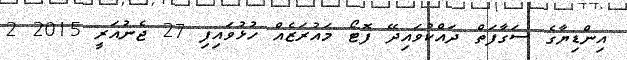
އިންޑިޔާގެ ސަގާފަތް ދައްކުވައިދޭ ފޮޓޯ މައުރަޒެއް ހުޅުވައިފި 27 ޖެނުއަރީ 2015 2